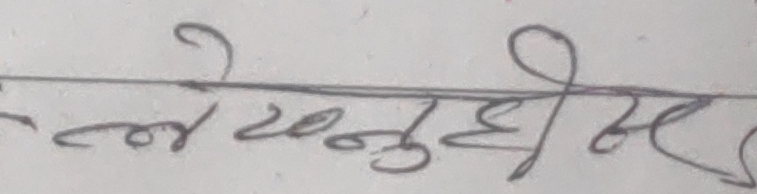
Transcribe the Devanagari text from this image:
ले अनुदान